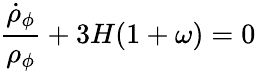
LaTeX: {\frac{\dot{\rho}_{\phi}}{\rho_{\phi}}}+3H(1+\omega)=0